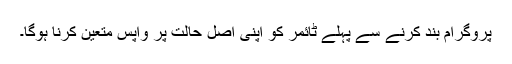
پروگرام بند کرنے سے پہلے ٹائمر کو اپنی اصل حالت پر واپس متعین کرنا ہوگا۔